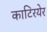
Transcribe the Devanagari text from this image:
काटिरयेर